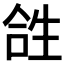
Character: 𤯤